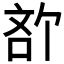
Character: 𪡍